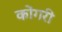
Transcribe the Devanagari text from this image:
कोंगरी